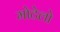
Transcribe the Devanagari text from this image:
मोटेलो